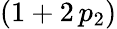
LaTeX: (1+2\, p_{2})